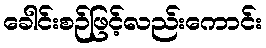
ခေါင်းစဉ်ဖြင့်လည်းကောင်း